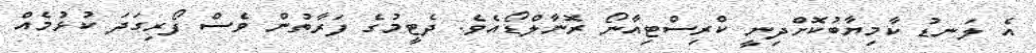
އެ ލަނޑު ކާމިޔާބުކޮށްދިނީ ކްރިސްޓިއާނޯ ރޮނާލްޑޯއެވެ. ދެޓީމުގެ ފަރާތުން ވެސް ފޯރިގަދަ ކުޅުމެއް